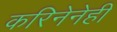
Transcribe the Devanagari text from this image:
करिनेनेही